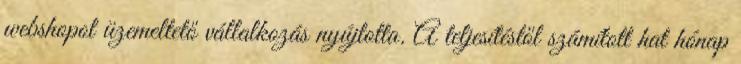
webshopot üzemeltető vállalkozás nyújtotta. A teljesítéstől számított hat hónap